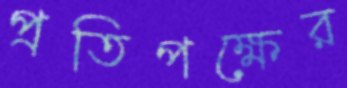
প্রতিপক্ষের